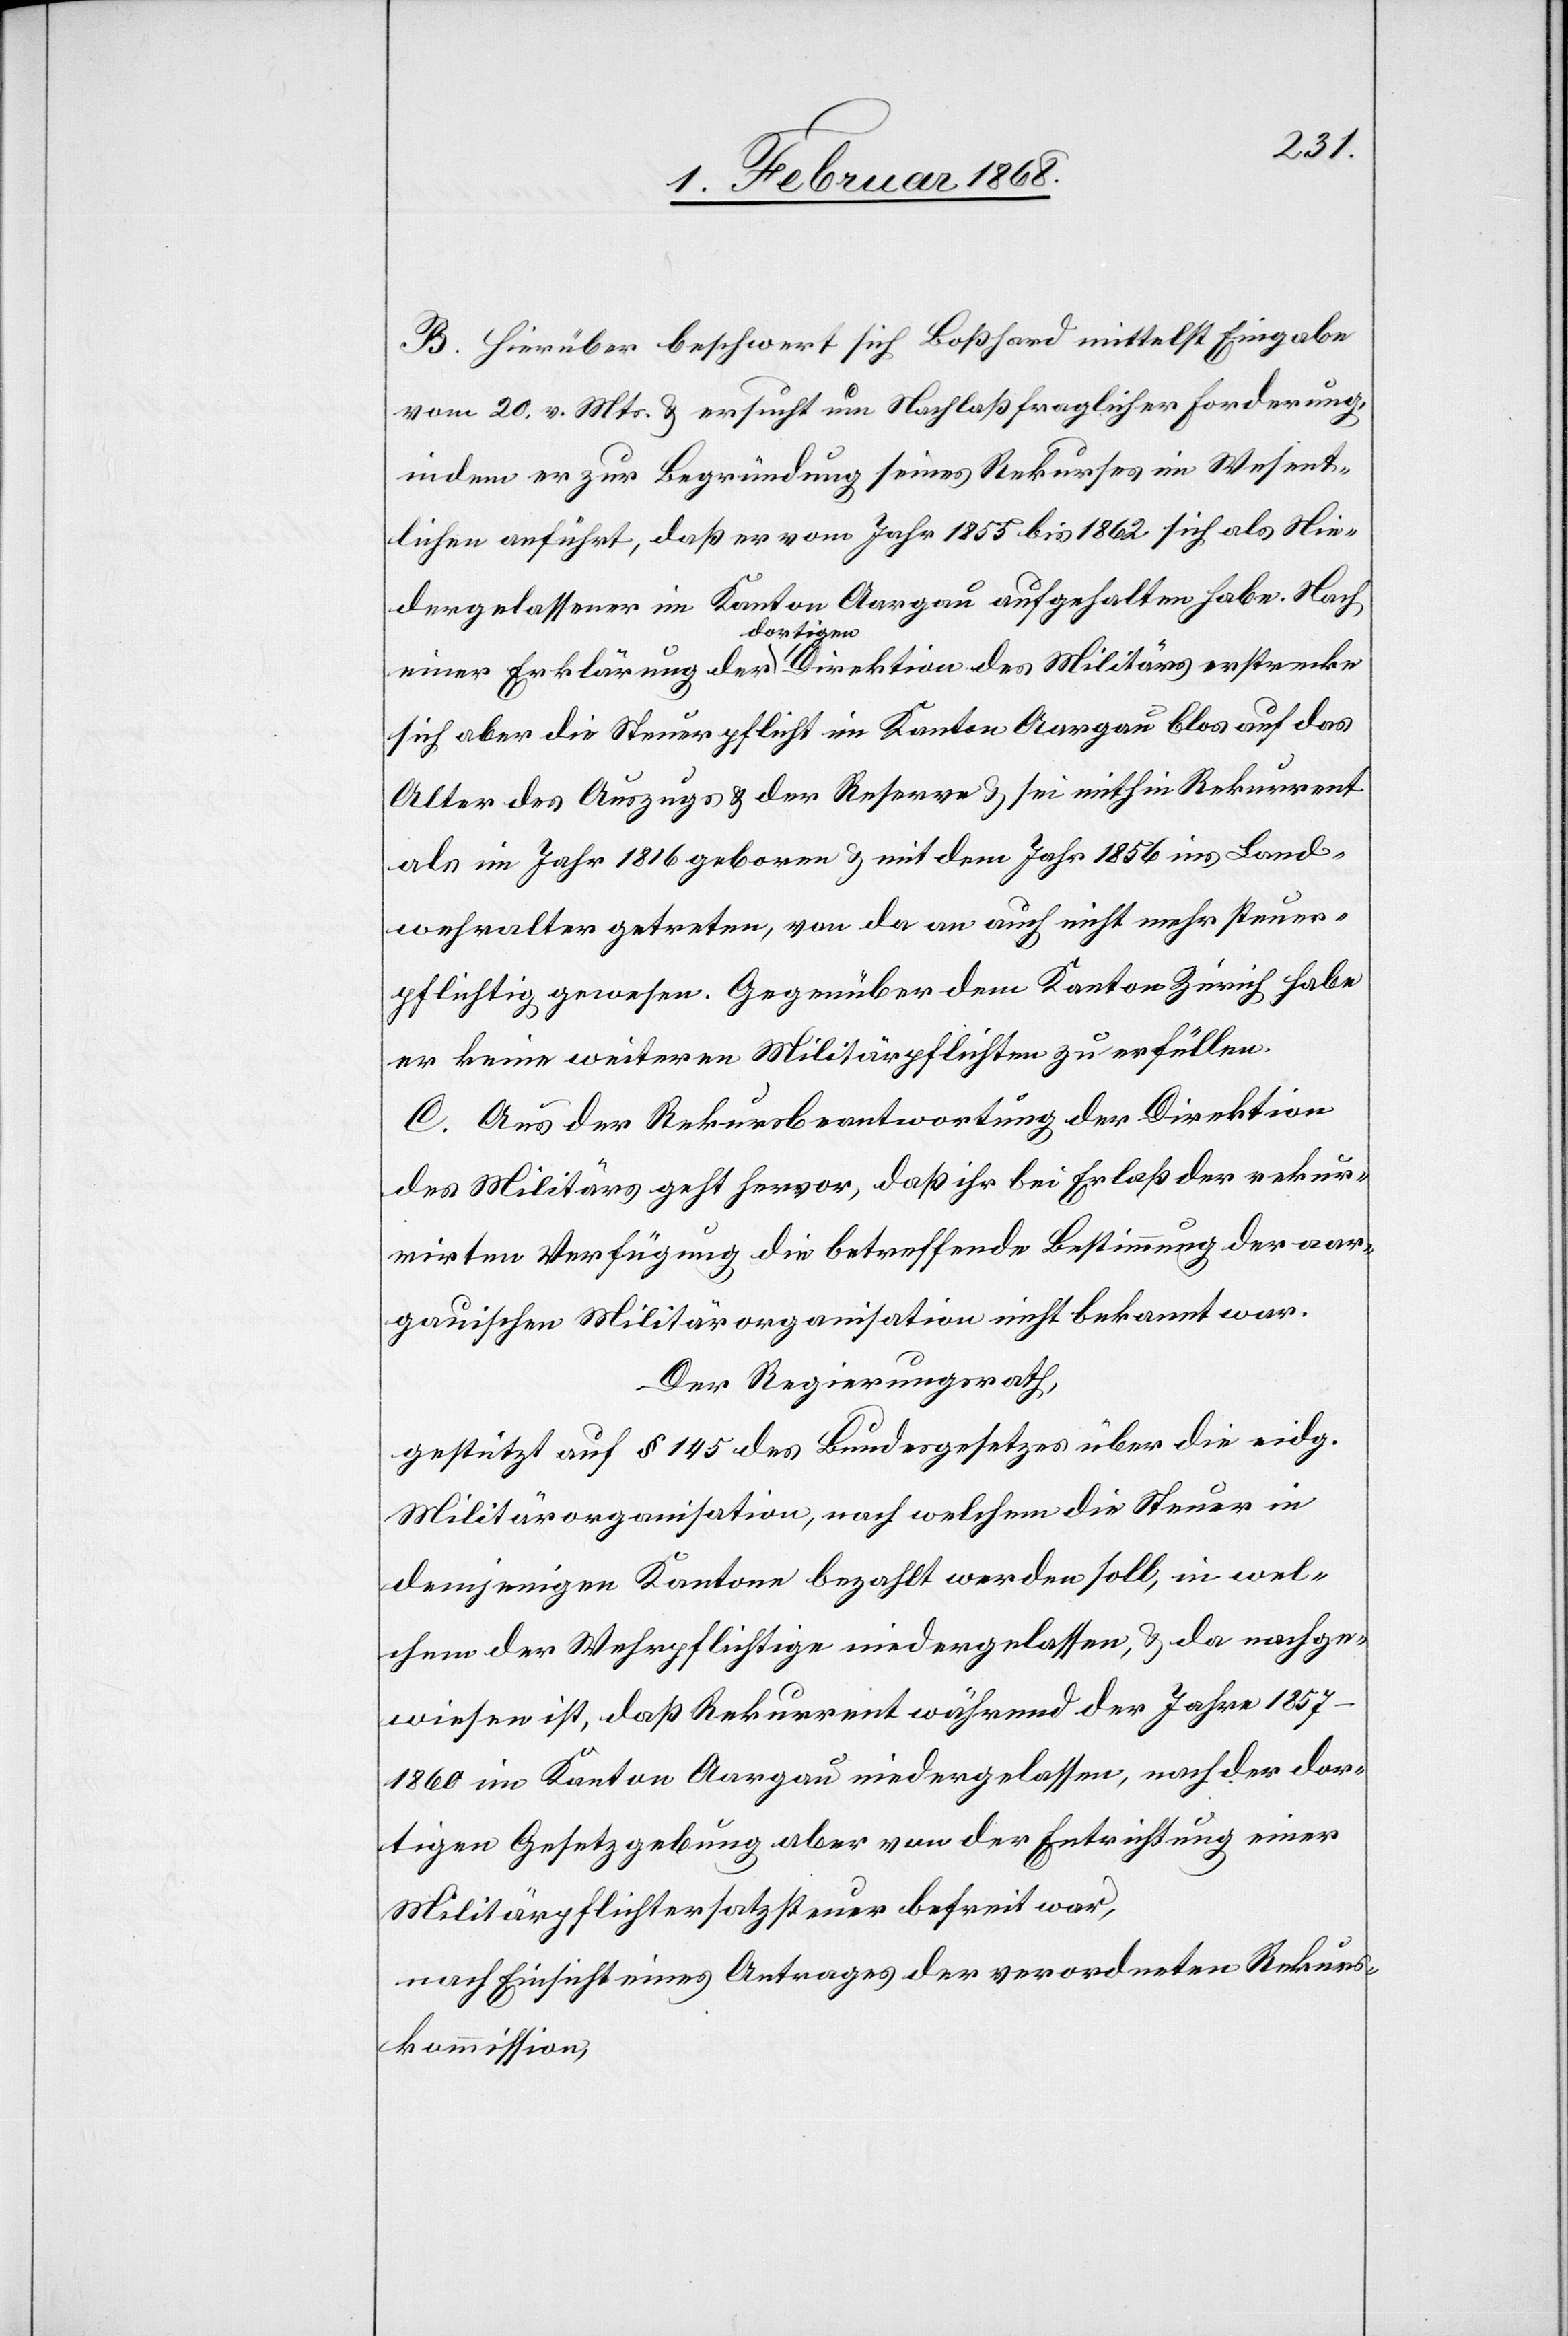
B. Hierüber beschwert sich Boßhard mittelst Eingabe
vom 20. v. Mts. & ersucht um Nachlaß fraglicher Forderung,
indem er zur Begründung seines Rekurses im Wesent¬
lichen anführt, daß er vom Jahr 1855 bis 1862 sich als Nie¬
dergelassener im Kanton Aargau aufgehalten habe. Nach
einer Erklärung der dortigen Direktion des Militärs erstrecke
sich aber die Steuerpflicht im Kanton Aargau blos auf das
Alter des Auszugs & der Reserve & sei mithin Rekurrent
als im Jahr 1816 geboren & mit dem Jahr 1856 ins Land¬
wehralter getreten, von da an auch nicht mehr steuer¬
pflichtig gewesen. Gegenüber dem Kanton Zürich habe
er keine weiteren Militärpflichten zu erfüllen.
C. Aus der Rekursbeantwortung der Direktion
des Militärs geht hervor, daß ihr bei Erlaß der rekur¬
rirten Verfügung die betreffende Bestimmung der aar¬
gauischen Militärorganisation nicht bekannt war.
Der Regierungsrath,
gestützt auf § 145 des Bundesgesetzes über die eidg.
Militärorganisation, nach welchem die Steuer in
demjenigen Kantone bezahlt werden soll, in wel¬
chem der Wehrpflichtige niedergelassen, & da nachge¬
wiesen ist, daß Rekurrent während der Jahre 1857–1860
im Kanton Aargau niedergelassen, nach der dor¬
tigen Gesetzgebung aber von der Entrichtung einer
Militärpflichtersatzsteuer befreit war,
nach Einsicht eines Antrages der verordneten Rekurs¬
kommission,